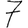
Digit: 7